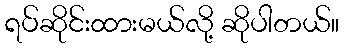
ရပ်ဆိုင်းထားမယ်လို့ ဆိုပါတယ်။